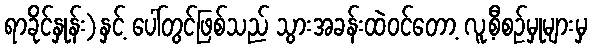
ရာခိုင်နှုန်း)နှင့် ပေါ်တွင်ဖြစ်သည် သွားအခန်းထဲဝင်တော့ လူ့စီစဉ်မှုများမှ